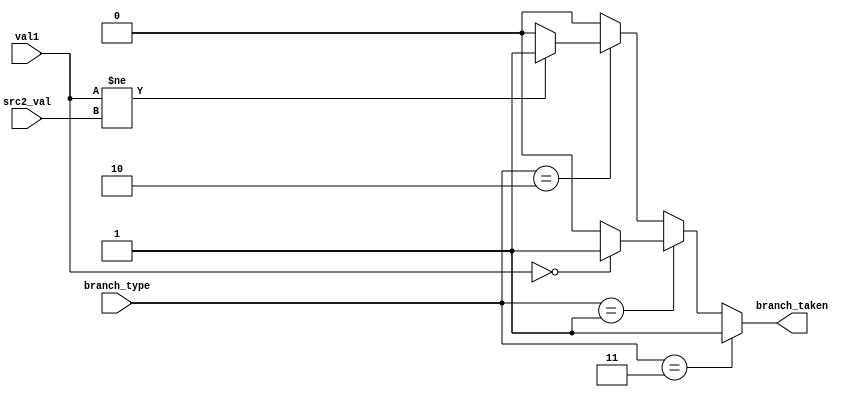
module ConditionCheck(
	input [31:0] val1, 
	input [31:0] src2_val, 
	input [1:0] branch_type, 
	output reg branch_taken
	);
	
	always @(*) begin 
	  if(branch_type == 2'b11 )
	     branch_taken = 1'b1;
	  else if (branch_type == 2'b01)/* BEZ */ 
	    branch_taken = (val1 == 32'd0) ? 1'd1 : 1'd0;
	   
	  else if (branch_type == 2'b10)  /* BNE */
	    branch_taken = (val1 != src2_val ) ? 1'd1 : 1'd0;
	  else
	     branch_taken = 1'd0;
	end
	    

endmodule